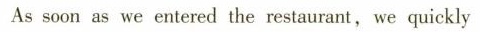
As soon as we entered the restaurant,we quickly